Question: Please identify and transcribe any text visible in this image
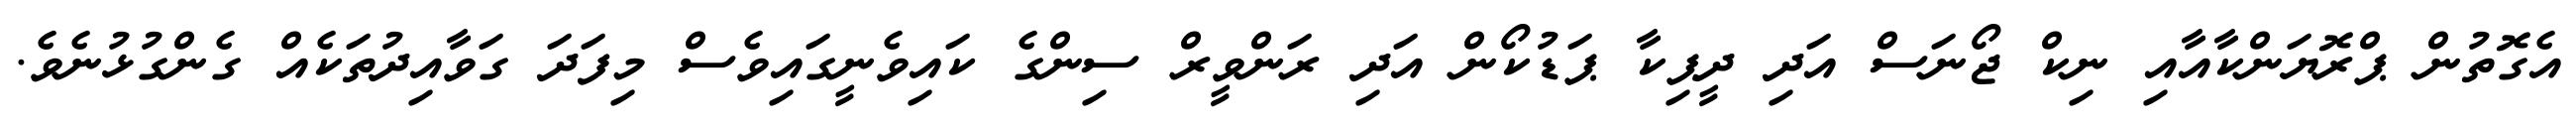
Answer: އެގޮތުން ޕްރޮޔަންކާއާއި ނިކް ޖޯނަސް އަދި ދީޕިކާ ޕަޑުކޯން އަދި ރަންވީރް ސިންގެ ކައިވެނީގައިވެސް މިފަދަ ގަވާއިދުތަކެއް ގެންގުޅުނެވެ.